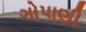
ગોપાણી